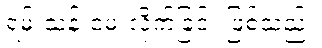
ရမ်းသန်းမေးလိုက်ခြင်း ဖြစ်သည်။